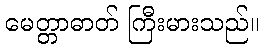
မေတ္တာဓာတ် ကြီးမားသည်။